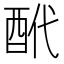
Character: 𨠍